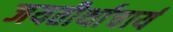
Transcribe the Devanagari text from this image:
जयतीर्थाचार्य